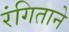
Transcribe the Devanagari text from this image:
रंगिताने